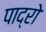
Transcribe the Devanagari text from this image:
पाद्रो